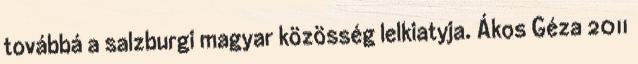
továbbá a salzburgi magyar közösség lelkiatyja. Ákos Géza 2011